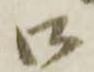
御